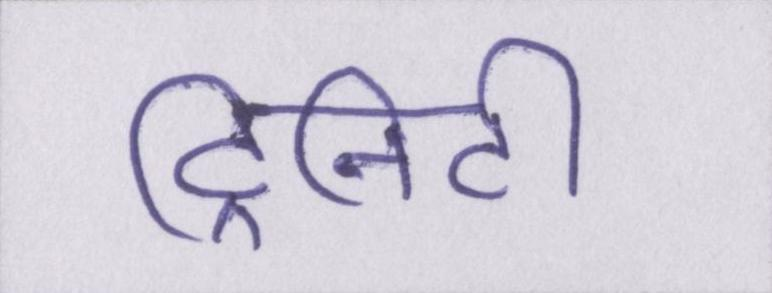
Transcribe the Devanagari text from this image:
ट्रिनिटी